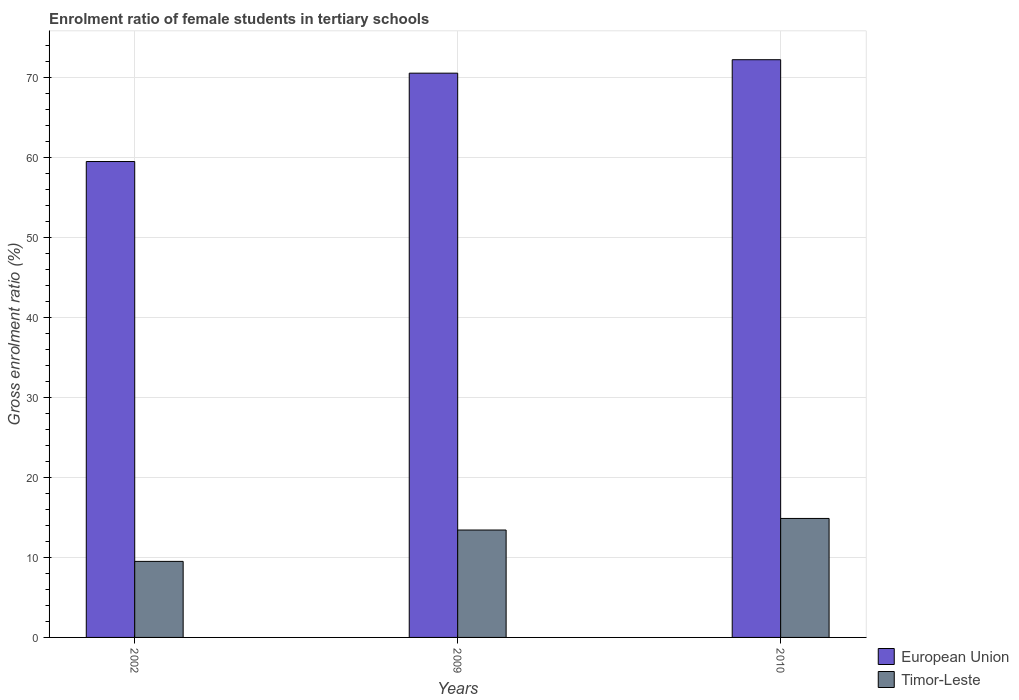
| Years | European Union | Timor-Leste |
 | --- | --- | --- |
 | 2002 | 59.5 | 9.5 |
 | 2009 | 70.5 | 13.4 |
 | 2010 | 72.2 | 14.9 |